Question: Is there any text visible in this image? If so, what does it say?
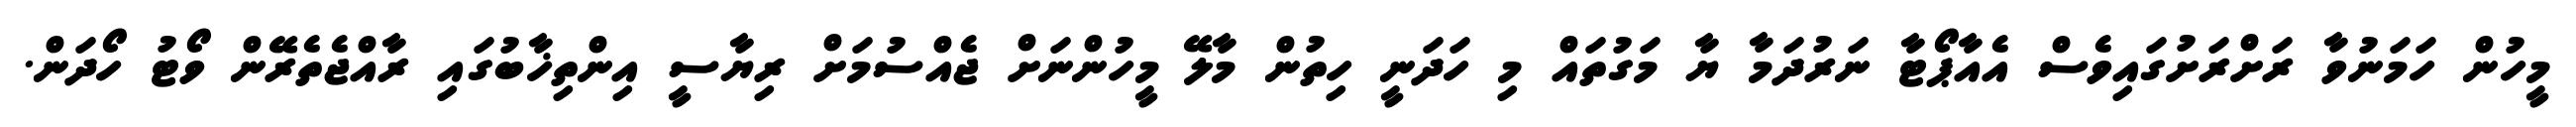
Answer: މީހުން ހަމަނުވާ ރަށްރަށުގައިވެސް އެއާޕޯޓާ ނަރުދަމާ ޔާ މަގުތައް މި ހަދަނީ ހިތުން މާލޭ މީހުންނަށް ޖެއްސުމަށް ރިޔާސީ އިންތިޚާބުގައި ރާއްޖެތެރޭން ވޯޓު ހޯދަން.